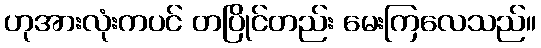
ဟုအားလုံးကပင် တပြိုင်တည်း မေးကြလေသည်။